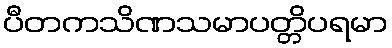
ပီတကသိဏသမာပတ္တိပရမာ